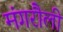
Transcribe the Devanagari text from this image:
मंगरौली